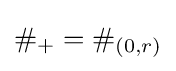
\#_{+}=\#_{(0,r)}